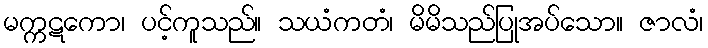
မက္ကဋကော၊ ပင့်ကူသည်။ သယံကတံ၊ မိမိသည်ပြုအပ်သော။ ဇာလံ၊